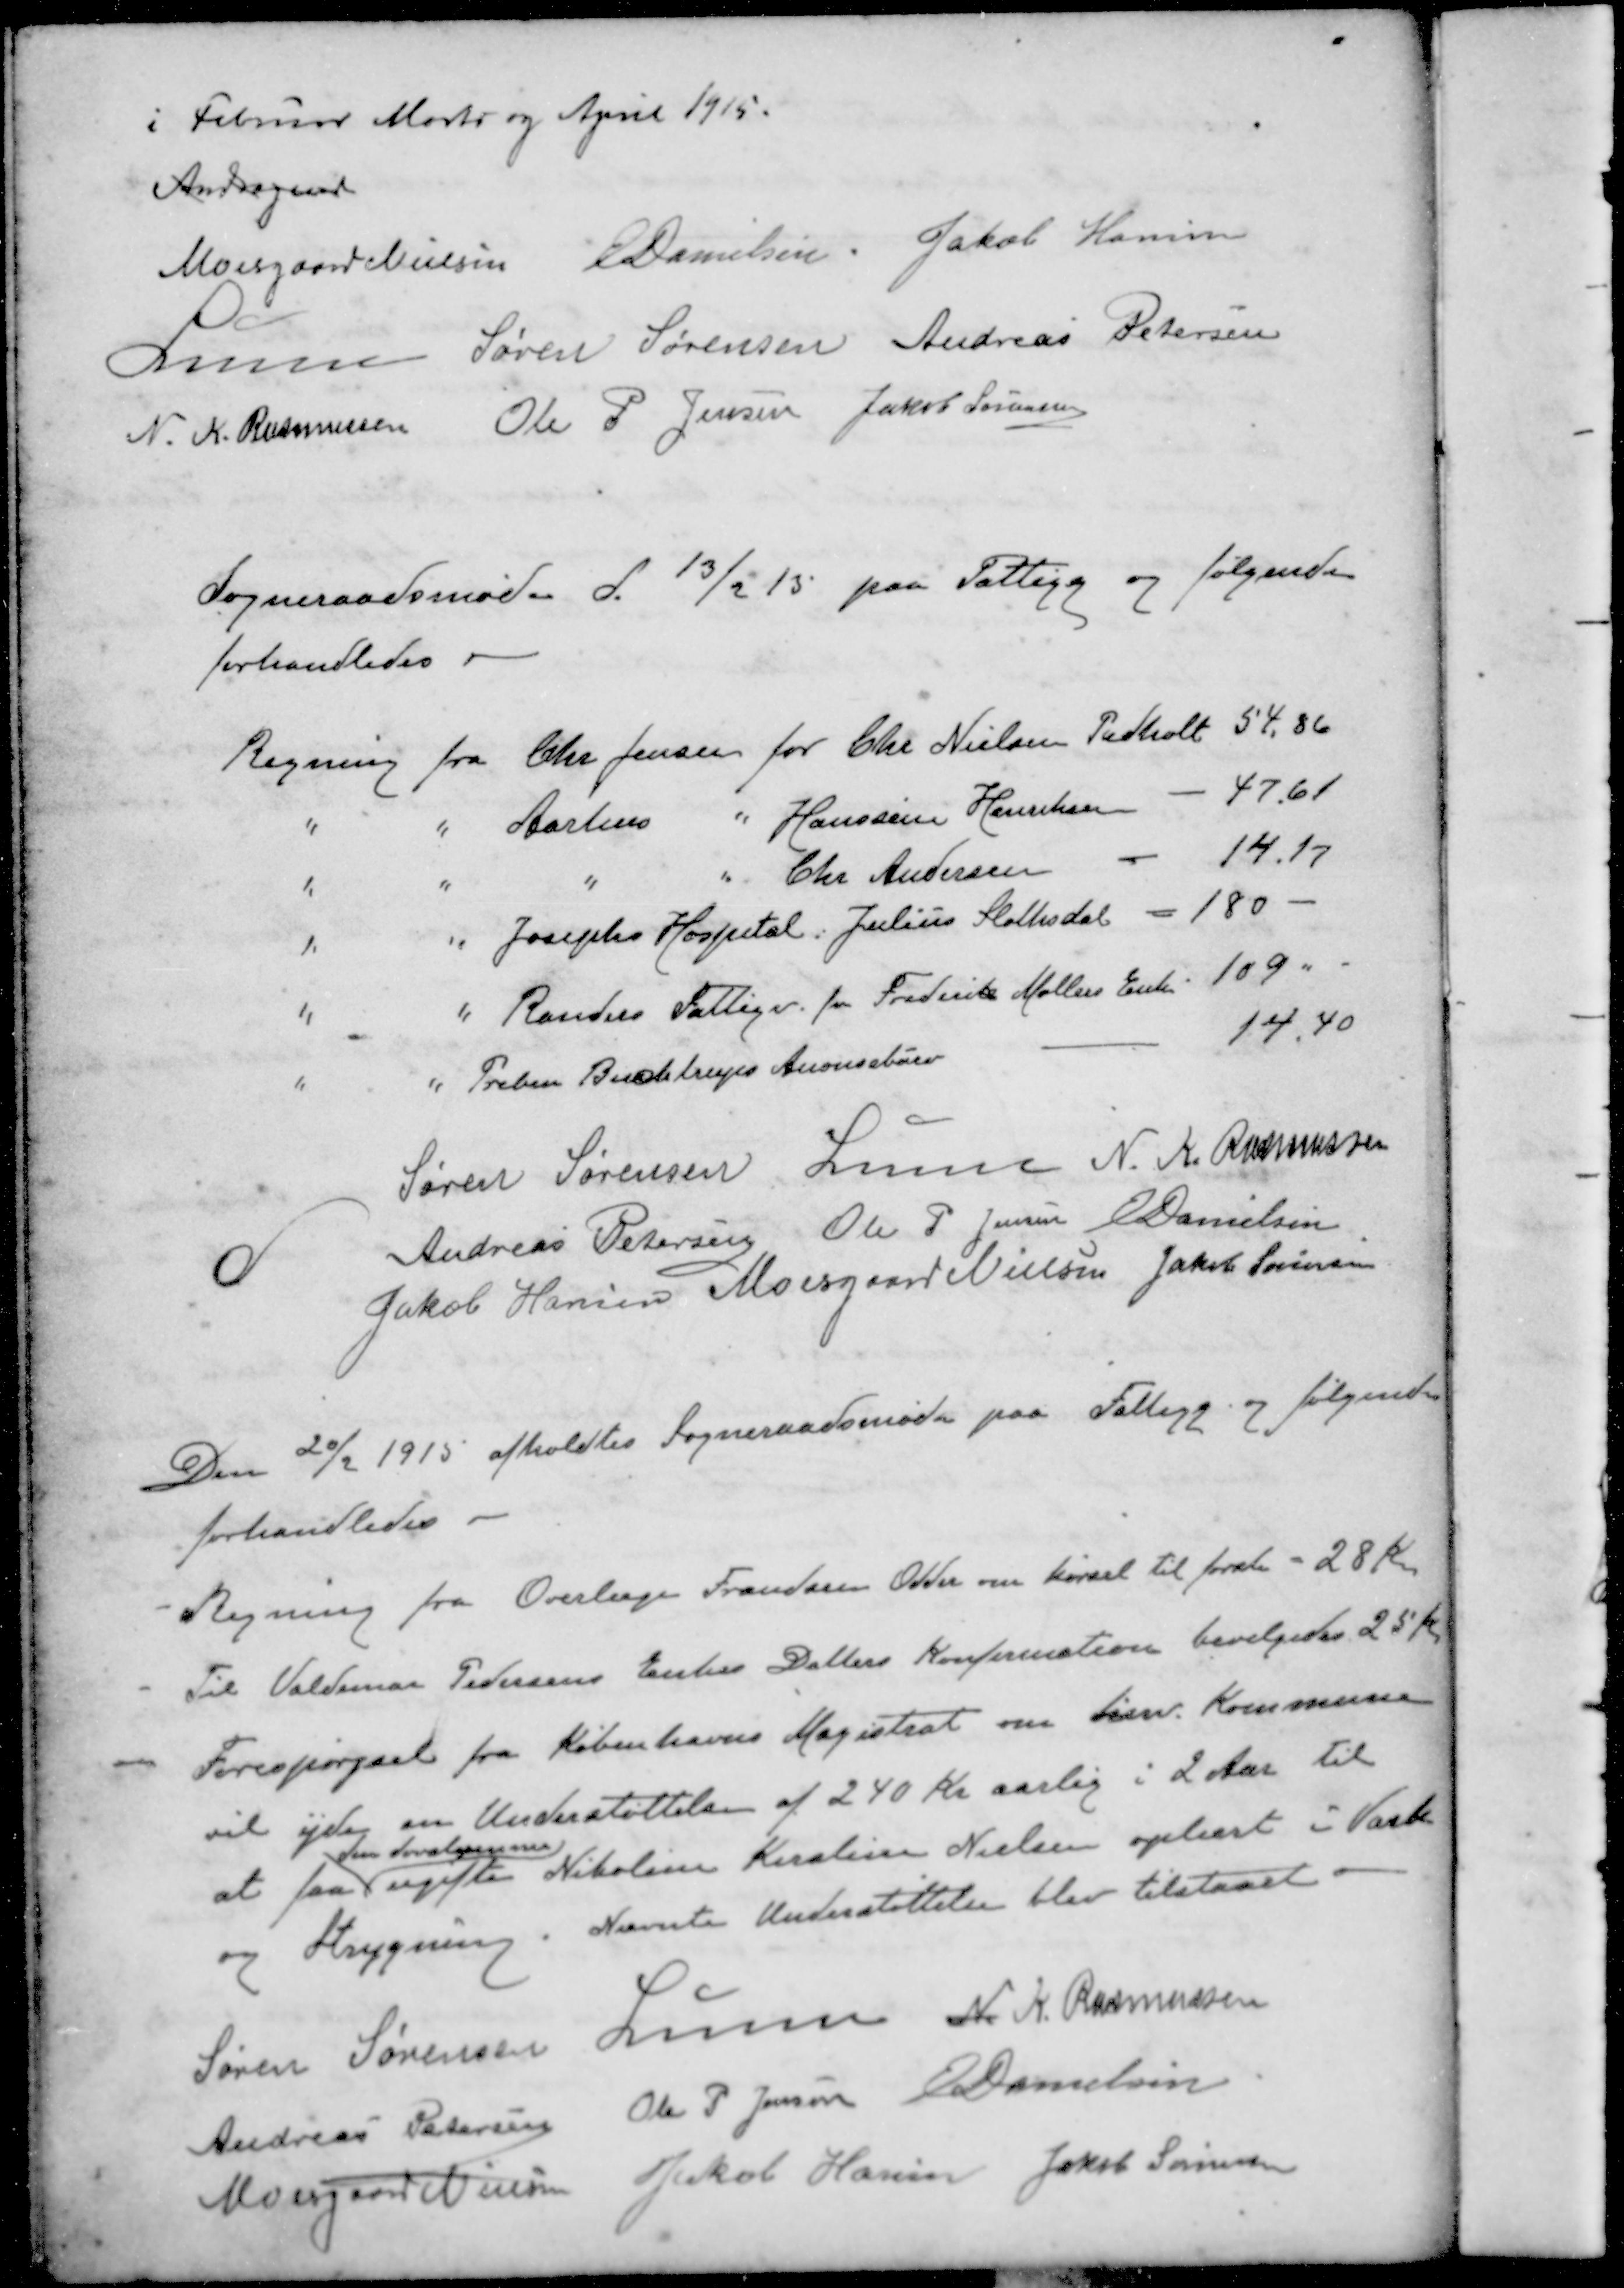
Transskription:
i Februar Marts og April 1915.
Andragende
Moesgaard Nielsen
E Danielsen
Jakob Hansen
Lunn
Søren Sørensen
Andreas Petersen
N. K. Rasmussen
Ole P Jensen
Jakob Sørensen
Sogneraadsmøde d. 13/2 15 paa Fattigg og følgende
forhandledes 
Regning fra Chr. Jensen for Chr Nielsen Pedholt 54,86
"
"
Aarhus
" Hanssine Henriksen
-
47,61
"
"
"
" Chr Andersen
-
14.17
"
" Josephs Hospital. Julius Slottesdal - 180
"
" Randers Fattigv. for Frederik Møllers Enke 109 "
"
" Preben Buchtrups Anoncebure
14,40
Søren Sørensen
Lunn
N. K. Rasmussen
Andreas Petersen
Ole P Jensen
E Danielsen
Jakob Hansen
Moesgaard Nielsen
Jakob Sørensen
Den 20/2 1915 afholdtes Sogneraadsmøde paa Fattigg og følgende
forhandledes.
- Regning fra Overlæge Frandsen Odder om kørsel til forsk - 28 Kr.
- Til Valdemar Pedersens Enkes Datters Konfirmation bevilgedes 25 Kr
- 
Forespørgsel fra Københavns Magistrat om herv Kommune
vil yde en Understøttelse af 240 Kr aarlig i 2 Aar til
den døvstumme
at faa ugifte Nikoline Kirstine Nielsen oplært i Vask
og Strygning. Nævnte Understøttelse blev tilstaaet
Søren Sørensen
Lunn
N. K. Rasmussen
Andreas Petersen
Ole P Jensen
E Danielsen
Moesgaard Nielsen
Jakob Hansen
Jakob Sørensen